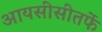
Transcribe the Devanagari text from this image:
आयसीसीतर्फे